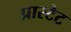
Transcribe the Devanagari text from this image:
प्रास्टेट